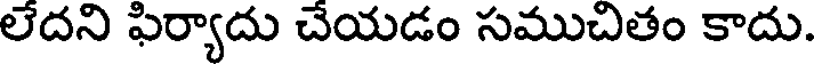
లేదని ఫిర్యాదు చేయడం సముచితం కాదు.